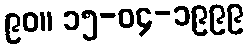
၉၀။ ၁၅-၀၄-၁၉၉၉